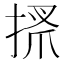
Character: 𢮞